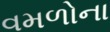
વમળોના